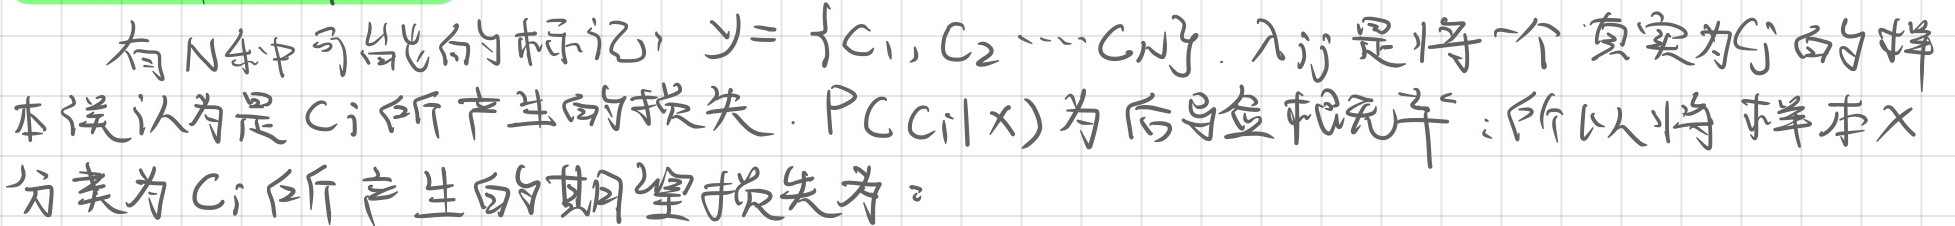
有 $N$ 种可能的标记，$y = \{c_1, c_2, \cdots, c_N\}$。$\lambda_{ij}$ 是将一个真实为 $c_j$ 的样本误认为是 $c_i$ 所产生的损失。$P(c_i|x)$ 为后验概率；所以将样本 $x$ 分类为 $c_i$ 所产生的期望损失为：